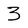
Character: 3